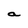
Character: a